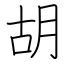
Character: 胡